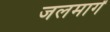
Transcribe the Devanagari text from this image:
जलमार्गं